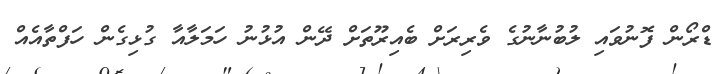
ޑްރޯން ފޮނުވައި ލުބުނާނުގެ ވެރިރަށް ބެއިރޫތަށް ދޭން އުޅުނު ހަމަލާއާ ގުޅިގެން ހަފްތާއެއް